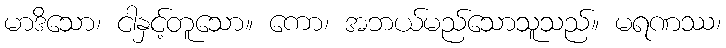
မာဒိသော၊ ငါနှင့်တူသော။ ကော၊ အဘယ်မည်သောသူသည်။ မရဏဿ၊